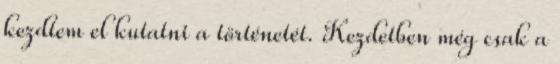
kezdtem el kutatni a történetét. Kezdetben még csak a